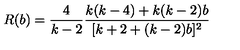
R ( b ) = \frac { 4 } { k - 2 } \frac { k ( k - 4 ) + k ( k - 2 ) b } { [ k + 2 + ( k - 2 ) b ] ^ { 2 } }